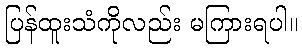
ပြန်ထူးသံကိုလည်း မကြားရပါ။